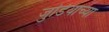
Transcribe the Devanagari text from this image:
जुडियाच्या